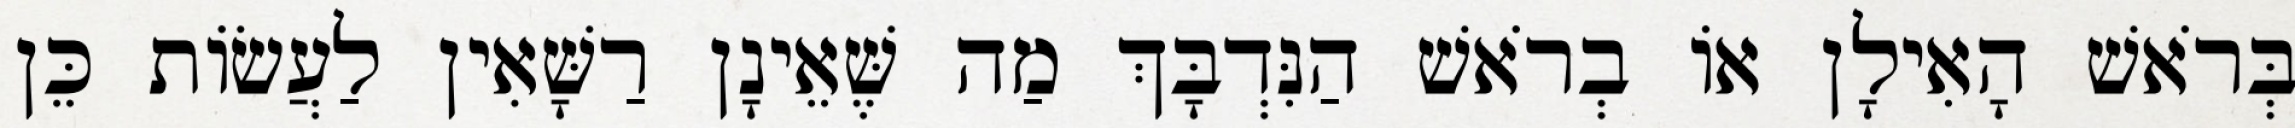
בְּרֹאשׁ הָאִילָן אוֹ בְרֹאשׁ הַנִּדְבָּךְ מַה שֶּׁאֵינָן רַשָּׁאִין לַעֲשׂוֹת כֵּן